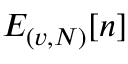
E _ { ( v , N ) } [ n ]